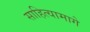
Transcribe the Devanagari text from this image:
साहित्यामागे